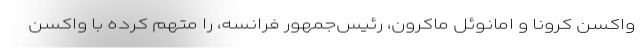
واکسن کرونا و امانوئل ماکرون، رئيس‌جمهور فرانسه، را متهم کرده با واکسن